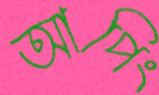
আপিং